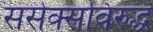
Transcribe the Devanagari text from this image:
ससेक्सविरुद्ध